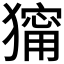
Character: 𤢆